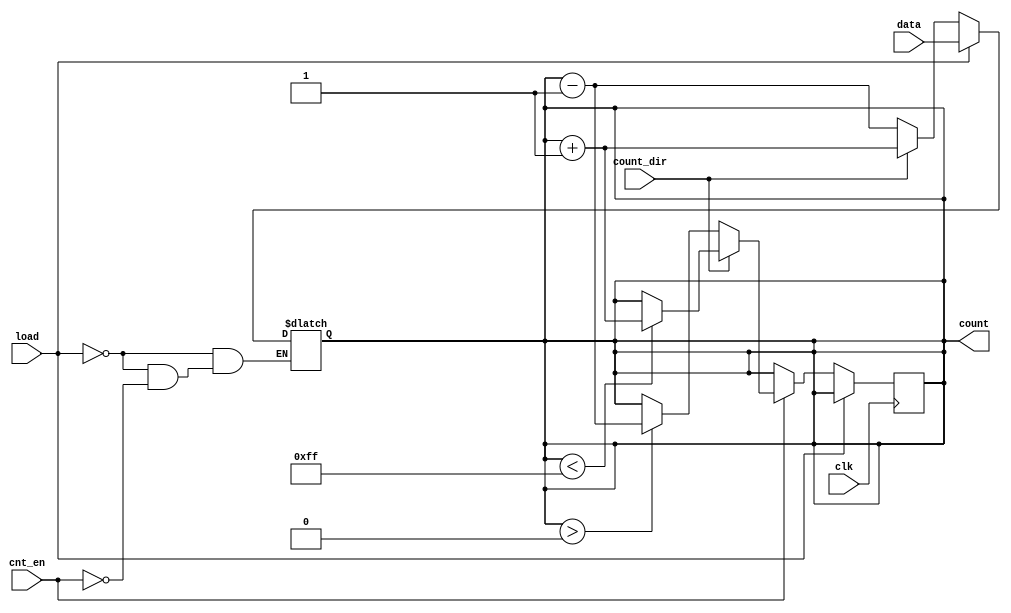
module async_load_counter #(
    parameter n = 8 // Parameter for the width of the counter
)(
    input wire clk,               // Clock signal
    input wire load,              // Load signal (active high)
    input wire [n-1:0] data,      // Data input for loading
    input wire cnt_en,            // Count enable signal
    input wire count_dir,         // Count direction (0 for down, 1 for up)
    output reg [n-1:0] count      // Current count value
);

// Asynchronous Load Logic
always @(*) begin
    if (load) begin
        count = data; // Load data asynchronously
    end else if (cnt_en) begin
        if (count_dir) begin
            count = count + 1; // Count up
        end else begin
            count = count - 1; // Count down
        end
    end
end

// Synchronous Reset Logic
always @(posedge clk) begin
    if (!load) begin
        // Ensure count does not overflow or underflow
        if (cnt_en) begin
            if (count_dir) begin
                if (count < (1 << n) - 1) begin
                    count <= count + 1; // Increment count
                end
            end else begin
                if (count > 0) begin
                    count <= count - 1; // Decrement count
                end
            end
        end
    end
end

endmodule